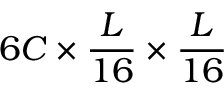
6 C \times \frac { L } { 1 6 } \times \frac { L } { 1 6 }